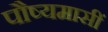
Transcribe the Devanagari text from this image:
पौष्यमासीं